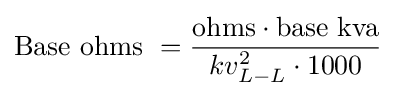
{\text{Base ohms }}={\frac {{\text{ohms}}\cdot {\text{base kva}}}{kv_{L-L}^{2}\cdot 1000}}